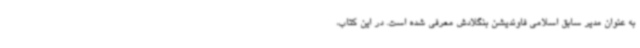
به عنوان مدیر سابق اسلامی فاوندیشن بنگلادش معرفی شده است. در این کتاب،